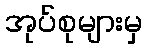
အုပ်စုများမှ